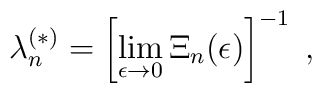
\lambda^{(\ast)}_{n} = \left[\lim_{\epsilon\rightarrow 0}\Xi_{n}(\epsilon)\right]^{-1}\;  ,